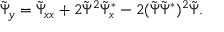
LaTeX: \tilde { \Psi } _ { y } = \tilde { \Psi } _ { x x } + 2 \tilde { \Psi } ^ { 2 } \tilde { \Psi } _ { x } ^ { * } - 2 ( \tilde { \Psi } \tilde { \Psi } ^ { * } ) ^ { 2 } \tilde { \Psi } .